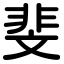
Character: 斐